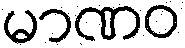
မာဏဝ